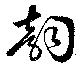
韵